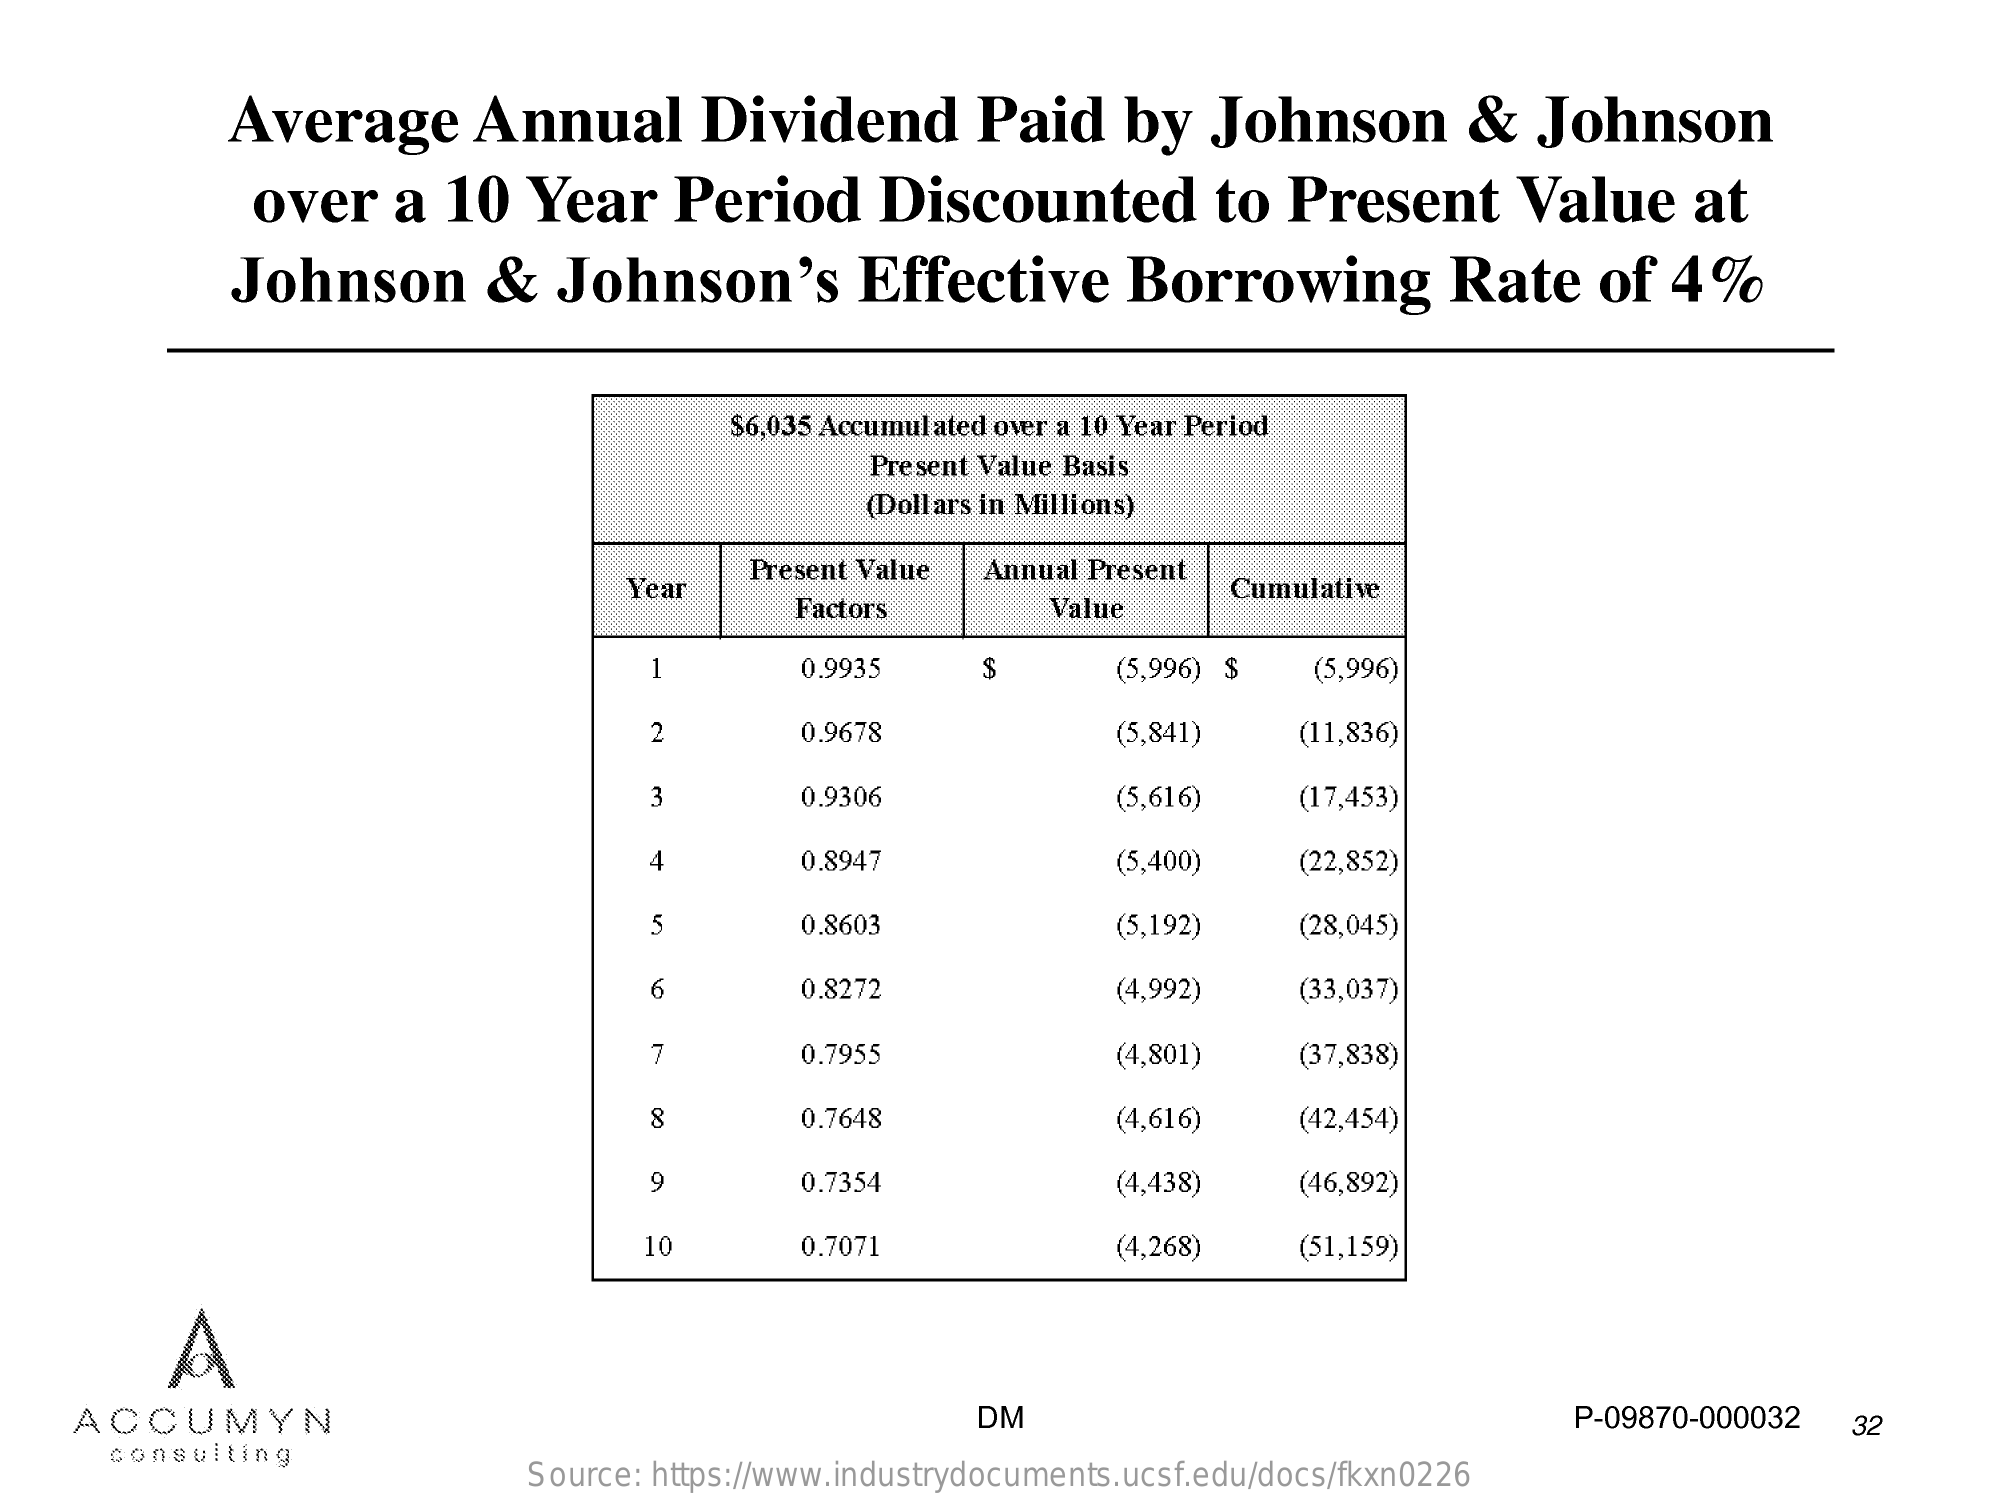
Average    Annual    Dividend    Paid    by    Johnson    &   Johnson
     over    a   10   Year    Period    Discounted    to  Present    Value    at
     Johnson    &    Johnson's    Effective    Borrowing    Rate    of   4%
     $6,035 Accumulated over a 10 Year Period
     Present Value Basis
     (Dollars in Millions)
     Year
     Present Value  Annual Present
     Factors    Value
     Cumulative
     1    0.9935    $    (5,996) $    (5,996)
     0.9678    (5,841)    (11,836)
     3    0.9306    (5,616)    (17,453)
     4    0.8947    (5,400)    (22,852)
     5    0.8603    (5,192)    (28,045)
     6    0.8272    (4,992)    (33,037)
     7    0.7955    (4,801)    (37,838)
     8    0.7648    (4,616)    (42,454)
     9    0.7354    (4,438)    (46,892)
     10    0.7071    (4,268)    (51,159)
     A
     ACCUMYN    DM    P-09870-000032   32
     consulting
     Source: https://www.industrydocuments.ucsf.edu/docs/fkxn0226